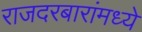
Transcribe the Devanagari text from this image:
राजदरबारांमध्ये